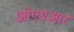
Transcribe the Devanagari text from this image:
ओएसआर